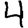
Digit: 4